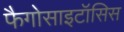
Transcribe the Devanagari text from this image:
फैगोसाइटॉसिस